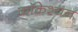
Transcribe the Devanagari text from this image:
कॉकेश्यन